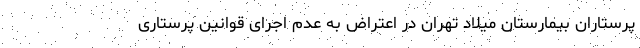
پرستاران بیمارستان میلاد تهران در اعتراض به عدم اجرای قوانین پرستاری